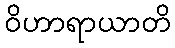
ဝိဟာရာယာတိ